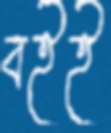
বইই